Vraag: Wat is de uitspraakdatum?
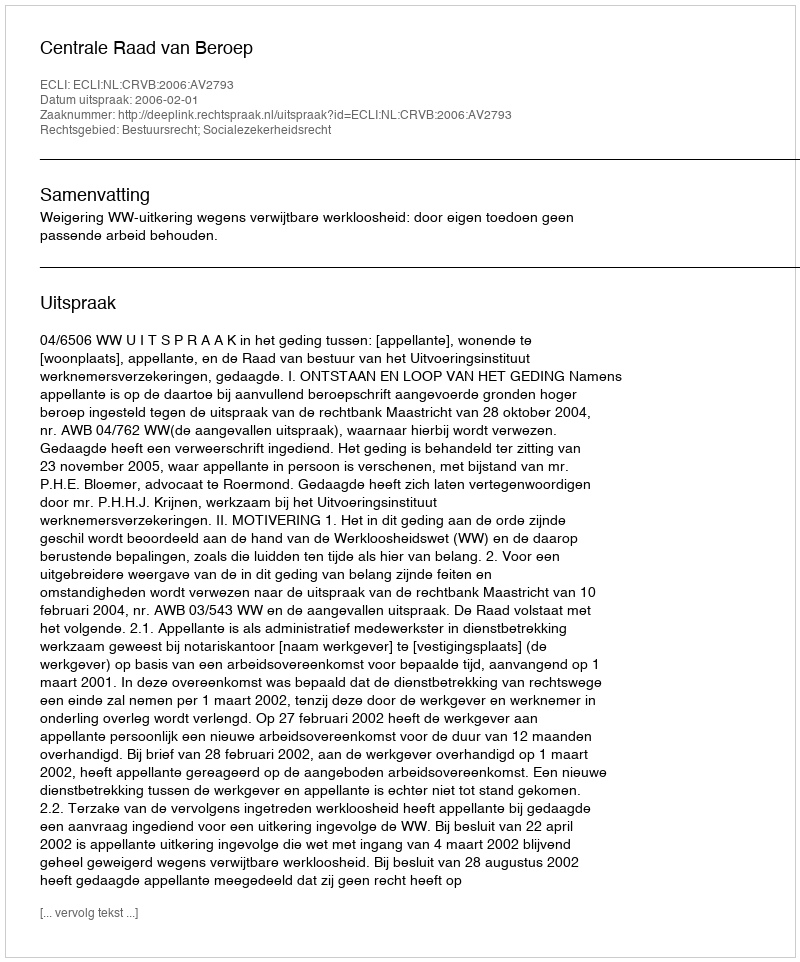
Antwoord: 2006-02-01